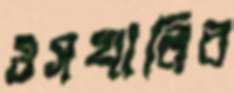
ওসখালির